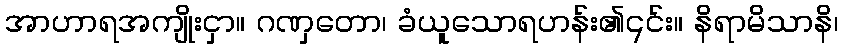
အာဟာရအကျိုးငှာ။ ဂဏှတော၊ ခံယူသောရဟန်း၏၎င်း။ နိရာမိသာနိ၊